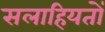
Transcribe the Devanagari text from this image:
सलाहियतों